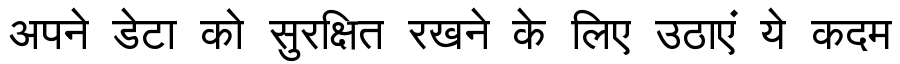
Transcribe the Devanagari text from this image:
अपने डेटा को सुरक्षित रखने के लिए उठाएं ये कदम